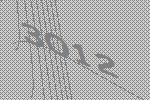
3012